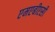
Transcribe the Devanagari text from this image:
एमएबीएसी